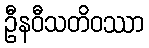
ဦနဝီသတိဝဿာ